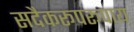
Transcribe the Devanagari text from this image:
सदैकरूपरूपाय